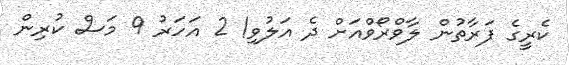
ކެރީގެ ފަރާތުން ލާވްރޯވްއަށް ދެ އަލުވި! 2 އަހަރު 9 މަސް ކުރިން